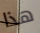
هذا